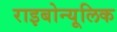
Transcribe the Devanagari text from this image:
राइबोन्यूलिक